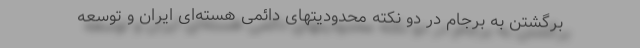
برگشتن به برجام در دو نکته محدودیتهای دائمی هسته‌ای ایران و توسعه